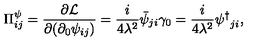
\Pi _ { i j } ^ { \psi } = \frac { \partial { \cal L } } { \partial ( \partial _ { 0 } \psi _ { i j } ) } = \frac { i } { 4 \lambda ^ { 2 } } \bar { \psi } _ { j i } \gamma _ { 0 } = \frac { i } { 4 \lambda ^ { 2 } } { { \psi } ^ { \dagger } } _ { j i } ,